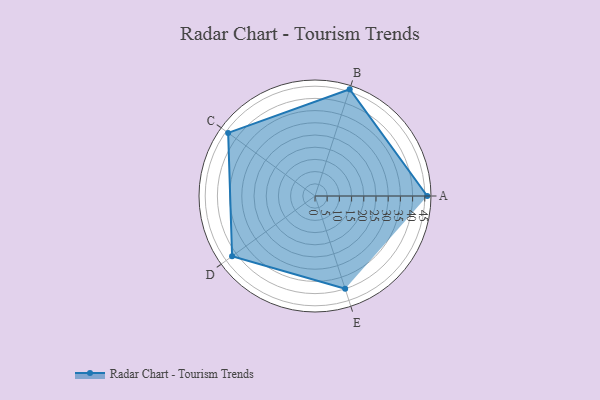
{"axis": {"x": "Skill", "y": "Score"}, "legend": ["Profile"], "data": [{"x": "A", "y": 46.0, "type": "Profile"}, {"x": "B", "y": 46.0, "type": "Profile"}, {"x": "C", "y": 44.0, "type": "Profile"}, {"x": "D", "y": 42.0, "type": "Profile"}, {"x": "E", "y": 40.0, "type": "Profile"}]}